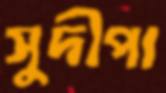
সুদীপা